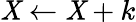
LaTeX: \mathit{X}\gets\mathit{X}+k